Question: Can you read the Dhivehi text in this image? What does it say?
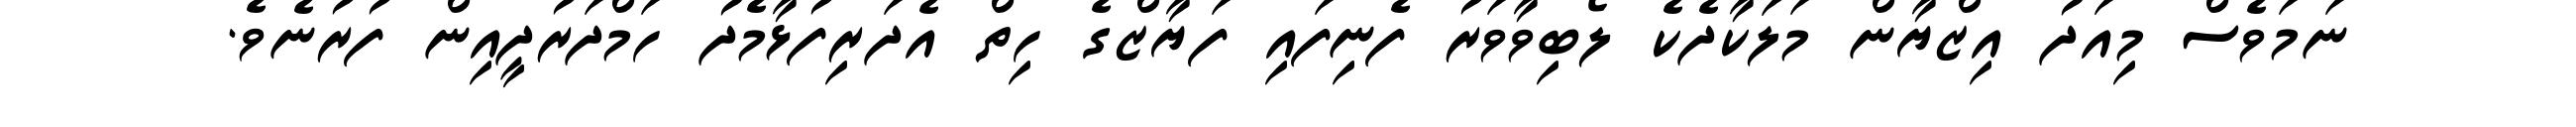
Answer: ނަމަވެސް މިއަދު އިޒްޔާން މަލަކާދެކެ ލޯބިވާވަރު ފެނިފައި ފަޔާޒްގެ ހިތް އެދަރިފުޅާމެދު ހަމްދަރުދީއިން ފުރުނެވެ.